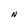
Character: N